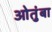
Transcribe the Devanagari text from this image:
ओतुंबा